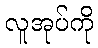
လူအုပ်ကို